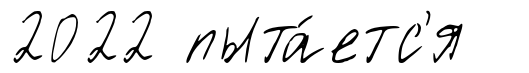
2022 пыта́етс'я